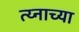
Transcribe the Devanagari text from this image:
त्य्नाच्या